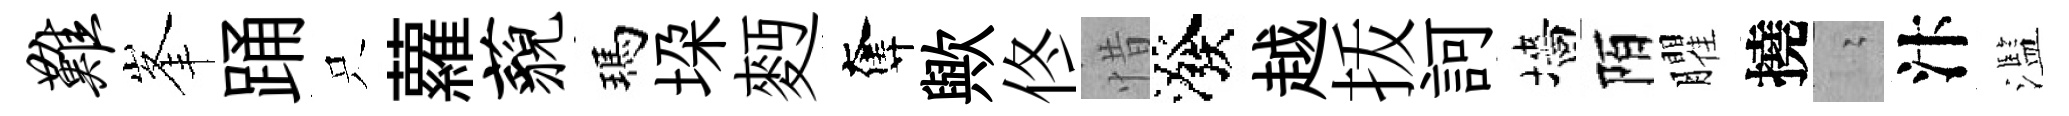
难峯踊只蘿藐瑪垜麪奪歟佟惜潑越㧞訶墻陌臞撓隐汴濫